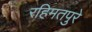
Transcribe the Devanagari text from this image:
रहिमतपुरे